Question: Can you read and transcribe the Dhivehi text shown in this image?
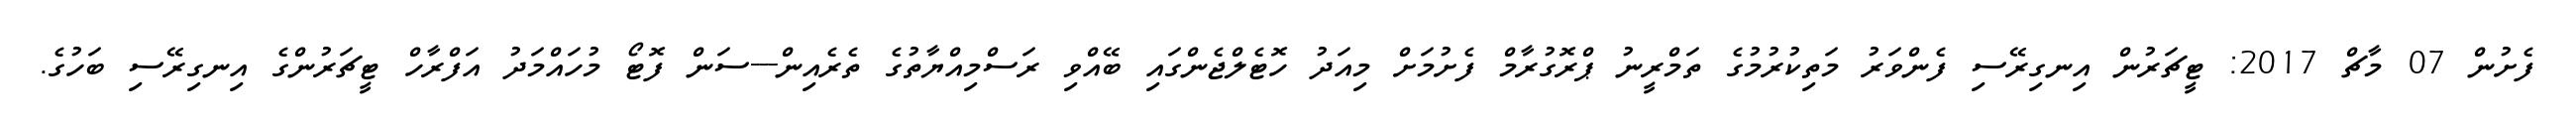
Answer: ފެށުން 07 މާޗް 2017: ޓީޗަރުން އިނގިރޭސި ފެންވަރު މަތިކުރުމުގެ ތަމްރީނު ޕްރޮގުރާމް ފެށުމަށް މިއަދު ހޮޓެލްޖެންގައި ބޭއްވި ރަސްމިއްޔާތުގެ ތެރެއިން---ސަން ފޮޓޯ މުހައްމަދު އަފްރާހް ޓީޗަރުންގެ އިނގިރޭސި ބަހުގެ.